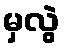
မှလွဲ